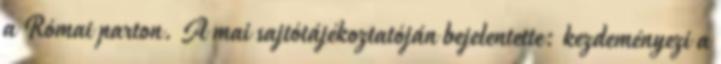
a Római parton. A mai sajtótájékoztatóján bejelentette: kezdeményezi a